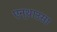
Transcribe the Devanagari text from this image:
एन्थाउसा